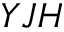
Y J H